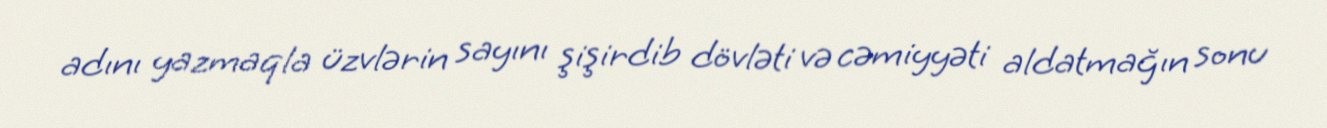
adını yazmaqla üzvlərin sayını şişirdib dövləti və cəmiyyəti aldatmağın sonu